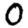
Digit: 0